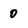
Character: 0